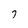
Character: 7